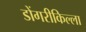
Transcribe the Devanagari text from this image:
डोंगरीकिल्ला